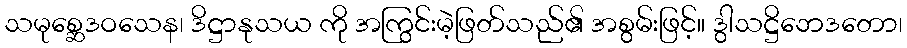
သမုစ္ဆေဒဝသေန၊ ဒိဋ္ဌာနုသယ ကို အကြွင်းမဲ့ဖြတ်သည်၏ အစွမ်းဖြင့်။ ဒွါသဋ္ဌိဘေဒတော၊